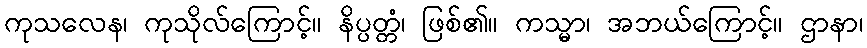
ကုသလေန၊ ကုသိုလ်ကြောင့်။ နိပ္ပတ္တံ၊ ဖြစ်၏။ ကသ္မာ၊ အဘယ်ကြောင့်။ ဌာနာ၊